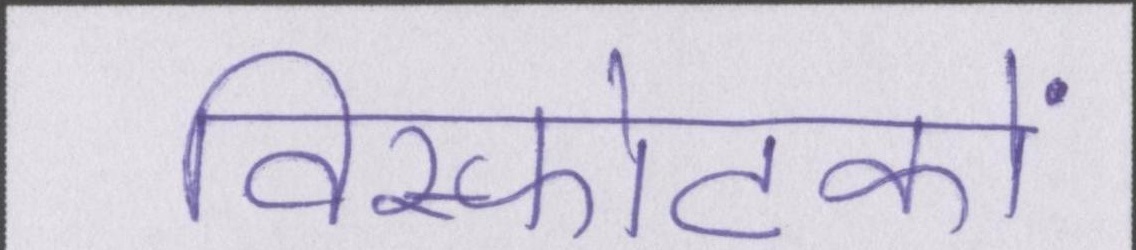
विस्फोटकों